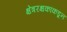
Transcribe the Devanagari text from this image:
क्षेत्ररक्षकांकडून